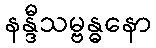
နန္ဒီသမ္ဗန္ဓနော